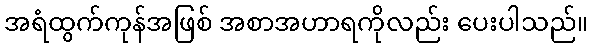
အရံထွက်ကုန်အဖြစ် အစာအဟာရကိုလည်း ပေးပါသည်။